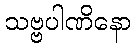
သဗ္ဗပါဏိနော